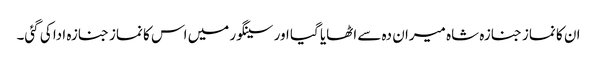
ان کا نماز جنازہ شاہ میران دہ سے اٹھایا گیا اور سینگور میں اس کا نماز جنازہ ادا کی گئی۔